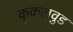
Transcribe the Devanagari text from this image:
कृकलवुड